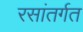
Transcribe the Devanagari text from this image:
रसांतर्गत